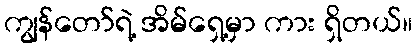
ကျွန်တော်ရဲ့ အိမ်ရှေ့မှာ ကား ရှိတယ်။